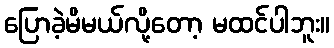
ပြောခဲ့မိမယ်လို့တော့ မထင်ပါဘူး။